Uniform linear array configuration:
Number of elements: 4
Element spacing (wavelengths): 0.5
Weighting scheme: exponential
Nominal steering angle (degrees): -60
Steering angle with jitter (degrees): -58.369
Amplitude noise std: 0.05
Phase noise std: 0.05

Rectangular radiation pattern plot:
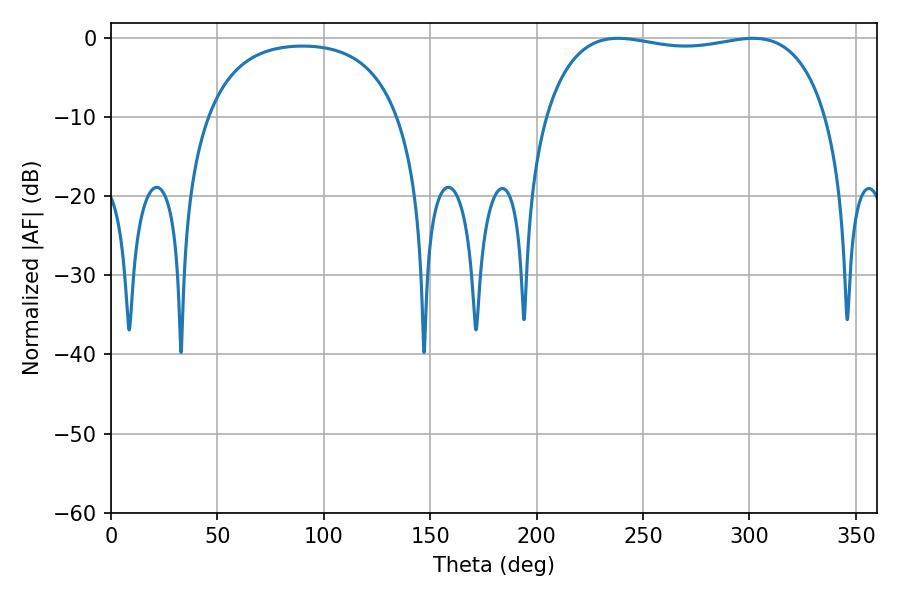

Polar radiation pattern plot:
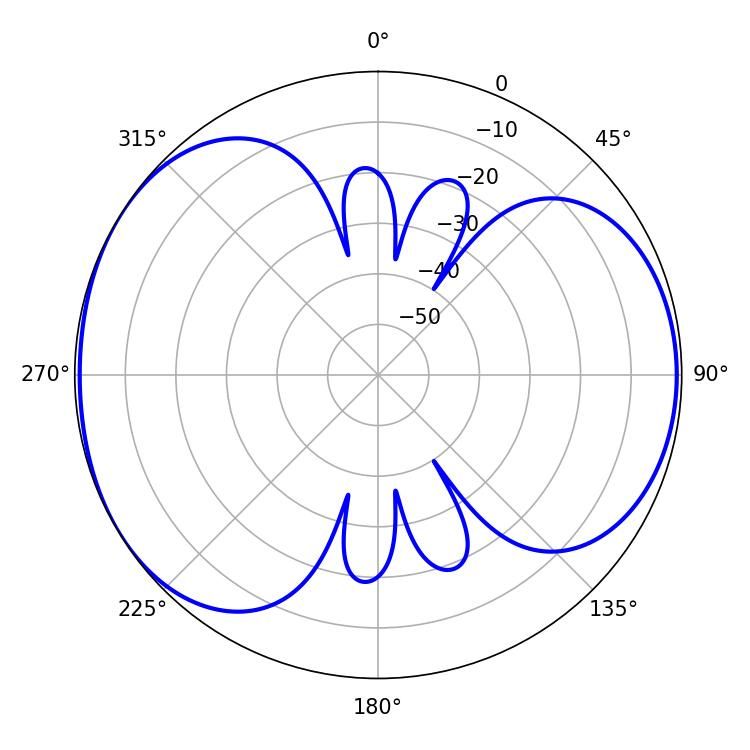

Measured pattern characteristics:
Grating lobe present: FALSE
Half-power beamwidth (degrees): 106.92
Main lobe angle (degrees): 238.32